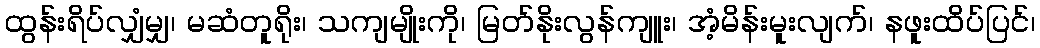
ထွန်းရိပ်လျှံမျှ၊ မဆံတူရိုး၊ သကျမျိုးကို၊ မြတ်နိုးလွန်ကျူး၊ အံ့မိန်းမူးလျက်၊ နဖူးထိပ်ပြင်၊